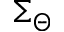
\Sigma _ { \Theta }